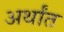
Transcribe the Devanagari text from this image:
अर्थांत